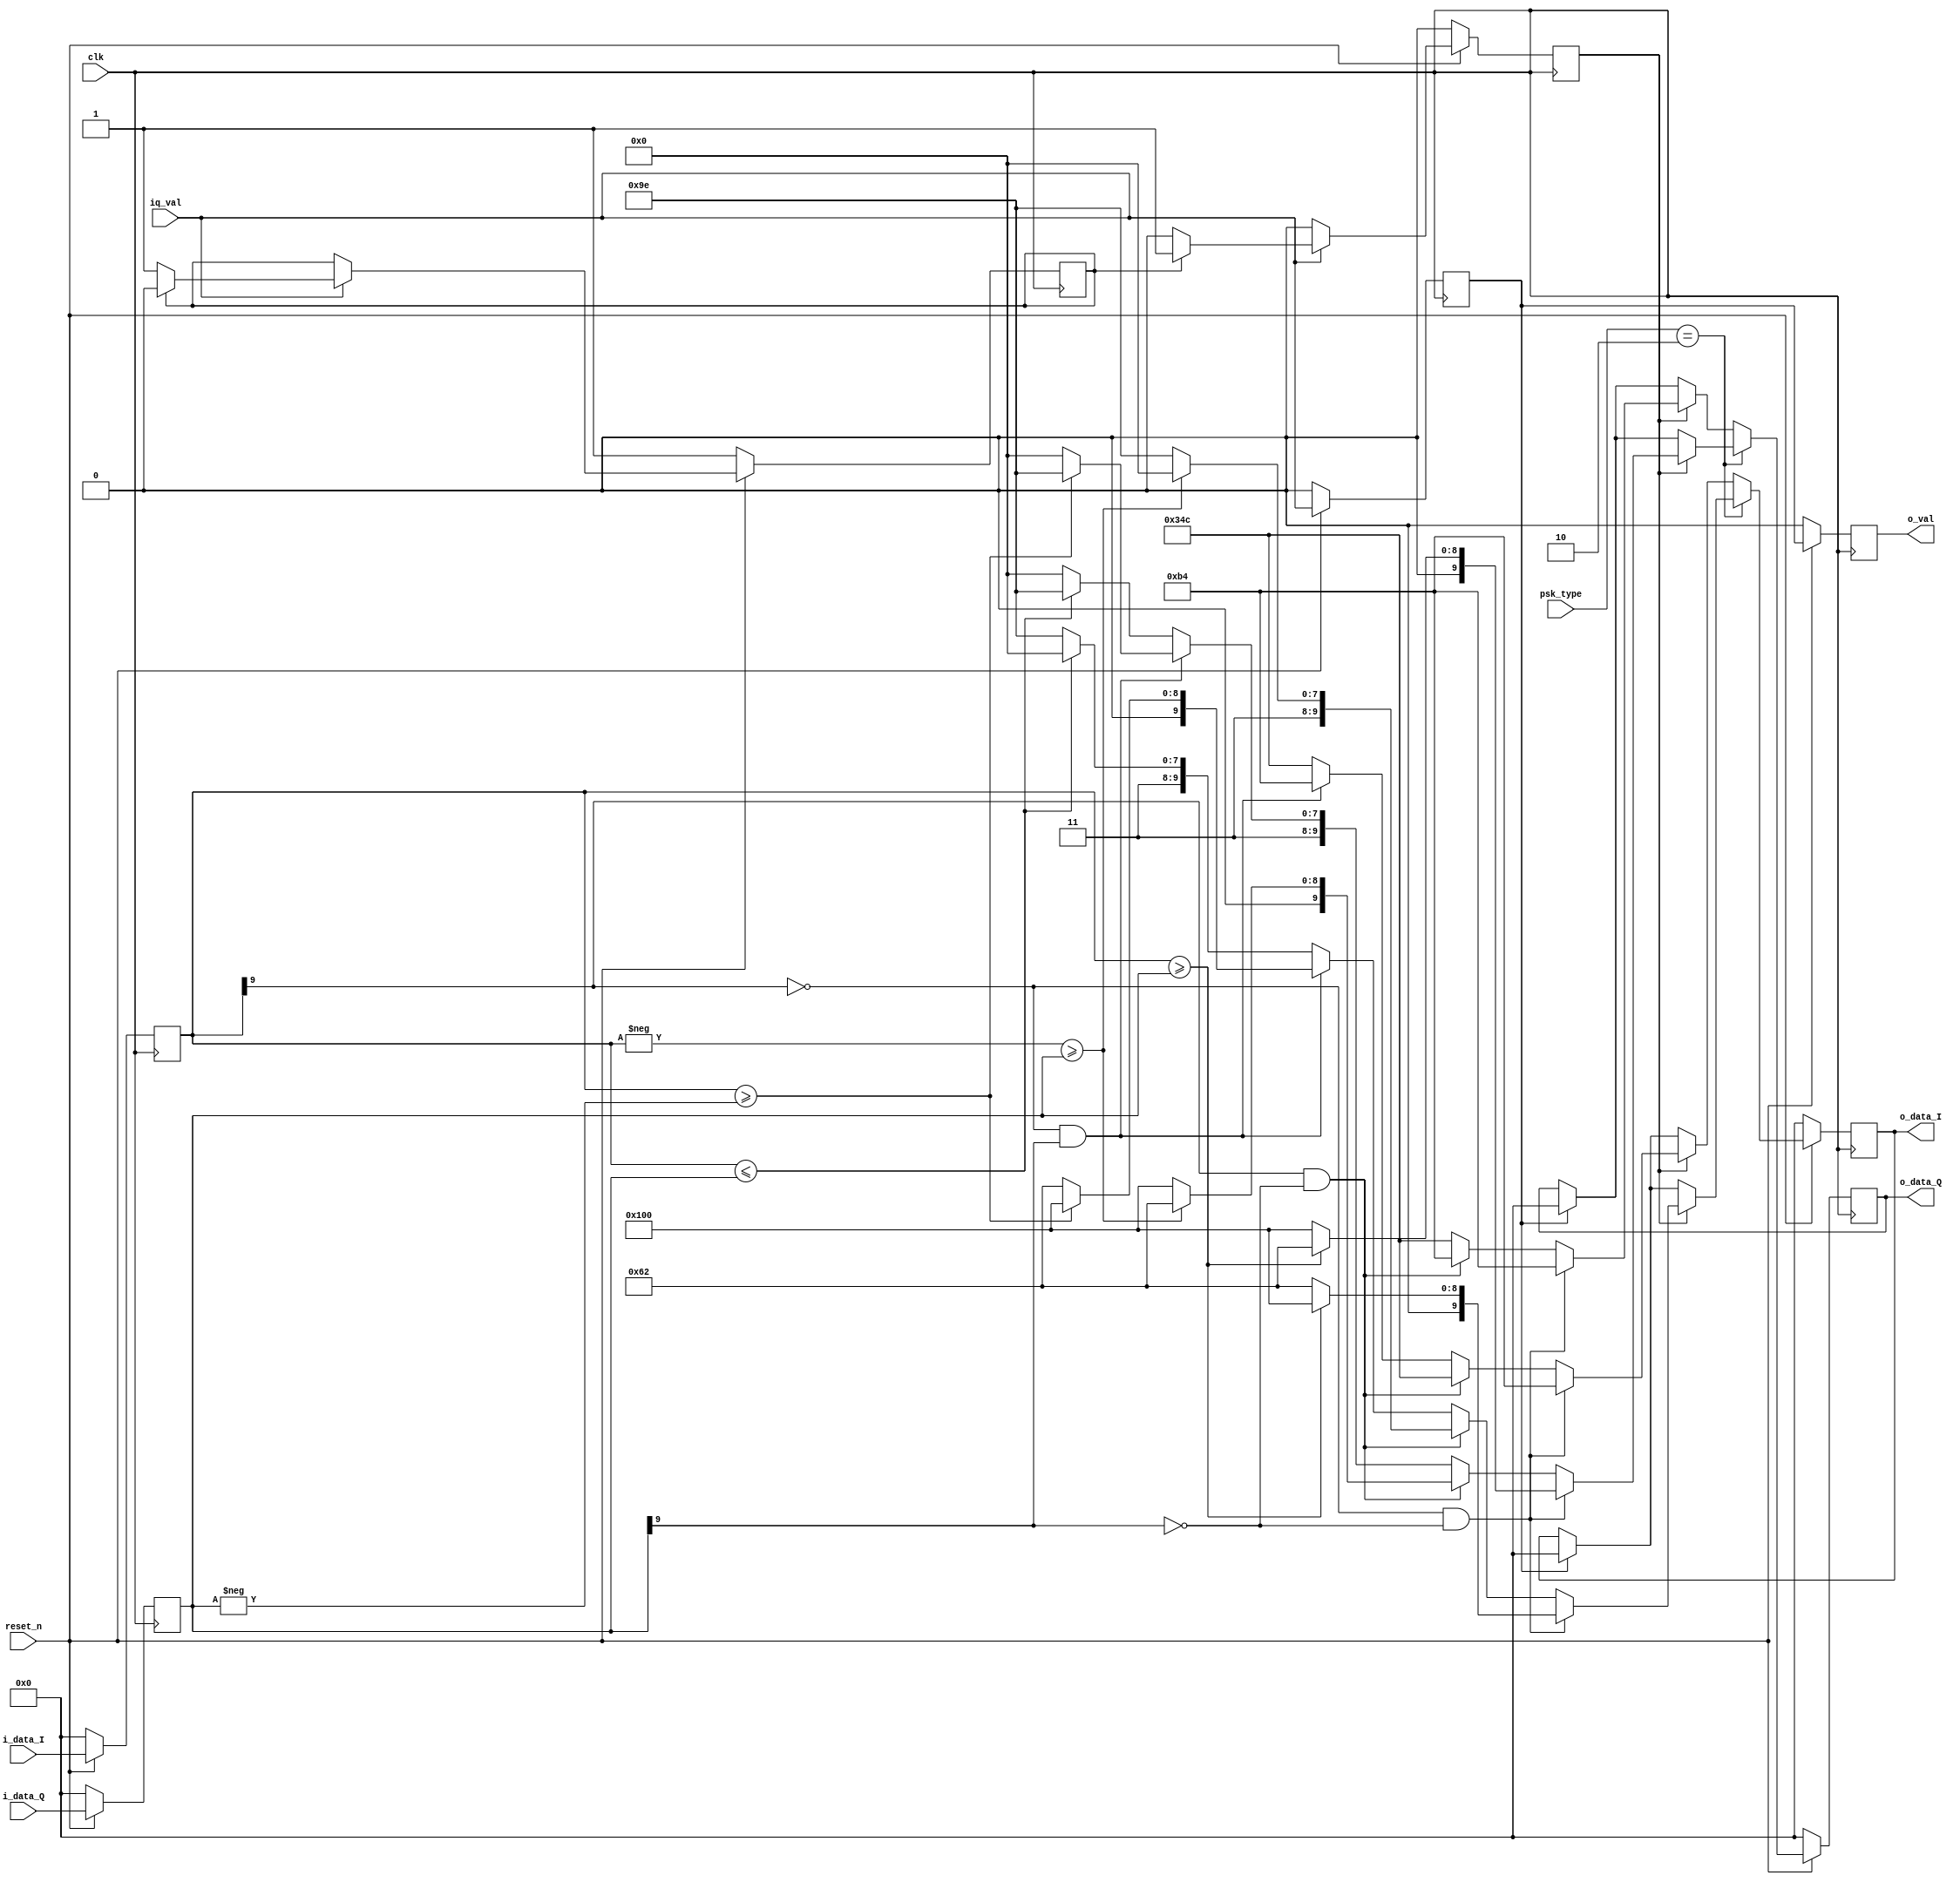
/*------------------------------------------------------
--	 .								  --
--	1)  QPSK    .			  -- 
--	2)  8-PSK      	  --
--	      x=y.		  --
--	3)    2 .				  --
-------------------------------------------------------*/
module hard_decoder #(
	parameter IQ_WIDTH = 10
)(
	input	clk,
	input   reset_n,
	
	input  [2         :0]  psk_type,  // 001 - QPSK, 010 - 8-PSK
	
	input   			   iq_val,
	input  [IQ_WIDTH-1:0]  i_data_I,
	input  [IQ_WIDTH-1:0]  i_data_Q,
	
	output 				   o_val,
	output [IQ_WIDTH-1:0]  o_data_I,
	output [IQ_WIDTH-1:0]  o_data_Q
);


//****** Constant and Parameters ******//
localparam[2:0] QPSK  = 3'b001;
localparam[2:0] PSK_8 = 3'b010;


//************ Declaration ************//
reg signed[IQ_WIDTH-1:0] reg_I, reg_Q;
reg signed[IQ_WIDTH-1:0] out_I, out_Q;
reg 			   	     e_o;
reg 			         even = 1;


genvar i;
generate
	for(i=0; i<2; i=i+1) begin : sh
		reg val;
		if(i==0) begin
			always@(posedge clk) begin
				if(!reset_n) val <= 0;
				else         val <= iq_val;
			end
		end else begin
			always@(posedge clk) begin
				if(!reset_n) sh[i].val <= 0;
				else         sh[i].val <= sh[i-1].val;
			end	
		end
	end
endgenerate

always@(posedge clk) begin
	if(!reset_n) begin
		reg_I  <= 0;
		reg_Q  <= 0;
	end else begin
		reg_I  <= i_data_I;
		reg_Q  <= i_data_Q;
	end
end

//  ,     .
always@(posedge clk) begin
	if(!reset_n) begin
		e_o   <= 0;
		even  <= 1;
	end else if(iq_val) begin
		if(even)  e_o <= 1;     //   / /   
		else      e_o <= 0;		
		
		if(even) even <= 0;
		else	 even <= 1;
	end else begin
		e_o <= 0;
	end
end

// Main section
always@(posedge clk) begin
	if(!reset_n) begin
		out_I <= 0;
		out_Q <= 0;
	end else begin
		case(psk_type)
			QPSK: begin
				if(e_o) begin
					if( ~reg_I[IQ_WIDTH-1] && ~reg_Q[IQ_WIDTH-1] ) begin		  // 11
						out_I <= $signed( 10'd180);
						out_Q <= $signed( 10'd180);
					end else if( reg_I[IQ_WIDTH-1] && ~reg_Q[IQ_WIDTH-1] ) begin  // 01
						out_I <= $signed(-10'd180);
						out_Q <= $signed( 10'd180);					
					end else if( ~reg_I[IQ_WIDTH-1] && reg_Q[IQ_WIDTH-1] ) begin  // 10
						out_I <= $signed( 10'd180);
						out_Q <= $signed(-10'd180);
					end else begin												  // 00
						out_I <= $signed(-10'd180);
						out_Q <= $signed(-10'd180);
					end
				end else if(sh[0].val) begin
						out_I <= 10'd0;
						out_Q <= 10'd0;
				end
			end
			
			PSK_8: begin
				if(e_o) begin
					if( ~reg_I[IQ_WIDTH-1] && ~reg_Q[IQ_WIDTH-1] ) begin			  
						if( reg_I >= reg_Q ) begin							// 111
							out_I <= $signed( 10'd256);
							out_Q <= $signed( 10'd98 );
						end else begin										// 110
							out_I <= $signed( 10'd98 );
							out_Q <= $signed( 10'd256);
						end
					end else if( reg_I[IQ_WIDTH-1] && ~reg_Q[IQ_WIDTH-1] ) begin  
						if( -reg_I >= reg_Q ) begin						   // 011
							out_I <= $signed(-10'd256);
							out_Q <= $signed( 10'd98 );
						end else begin									   // 010
							out_I <= $signed(-10'd98 );
							out_Q <= $signed( 10'd256);
						end
					end else if( ~reg_I[IQ_WIDTH-1] && reg_Q[IQ_WIDTH-1] ) begin
						if( reg_I >= -reg_Q ) begin						   // 101
							out_I <= $signed( 10'd256);
							out_Q <= $signed(-10'd98 );
						end else begin									   // 100
							out_I <= $signed( 10'd98 );
							out_Q <= $signed(-10'd256);
						end
					end else begin
						if( reg_I <= reg_Q ) begin						   // 001
							out_I <= $signed(-10'd256);
							out_Q <= $signed(-10'd98 );
						end else begin									   // 000
							out_I <= $signed(-10'd98 );
							out_Q <= $signed(-10'd256);
						end
					end
				end else if(sh[0].val) begin
						out_I <= 10'd0;
						out_Q <= 10'd0;
				end
			end

			default: begin // QPSK
				if(e_o) begin
					if( ~reg_I[IQ_WIDTH-1] && ~reg_Q[IQ_WIDTH-1] ) begin		  // 11
						out_I <= $signed( 10'd180);
						out_Q <= $signed( 10'd180);
					end else if( reg_I[IQ_WIDTH-1] && ~reg_Q[IQ_WIDTH-1] ) begin  // 01
						out_I <= $signed(-10'd180);
						out_Q <= $signed( 10'd180);					
					end else if( ~reg_I[IQ_WIDTH-1] && reg_Q[IQ_WIDTH-1] ) begin  // 10
						out_I <= $signed( 10'd180);
						out_Q <= $signed(-10'd180);
					end else begin												  // 00
						out_I <= $signed(-10'd180);
						out_Q <= $signed(-10'd180);
					end
				end else if(sh[0].val) begin
						out_I <= 10'd0;
						out_Q <= 10'd0;
				end
			end
		endcase
	end
end

/************************ Assign out port section ************************/
assign o_data_I = out_I;
assign o_data_Q = out_Q;
assign o_val    = sh[1].val;

endmodule